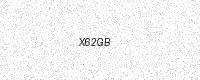
Text: X62GB